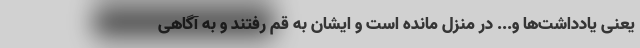
یعنی یادداشت‌ها و... در منزل مانده است و ایشان به قم رفتند و به آگاهی